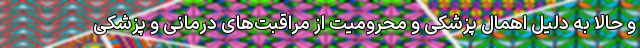
و حالا به دلیل اهمال پزشکی و محرومیت از مراقبت‌های درمانی و پزشکی